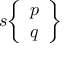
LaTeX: s { \left\{ \begin{array} { l } { p } \\ { q } \end{array} \right\} }